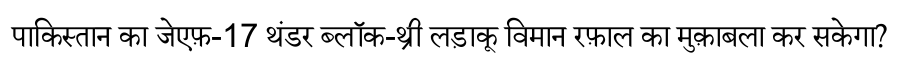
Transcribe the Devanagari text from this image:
पाकिस्तान का जेएफ़-17 थंडर ब्लॉक-थ्री लड़ाकू विमान रफ़ाल का मुक़ाबला कर सकेगा?